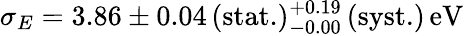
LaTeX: \sigma_{E}=3.86\pm 0.04\, (\mathrm{stat.})_{-0.00}^{+0.19}\, (\mathrm{syst.})\, \mathrm{eV}